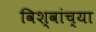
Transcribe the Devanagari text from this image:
विश्वांच्या